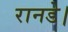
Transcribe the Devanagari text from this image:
रानडे।